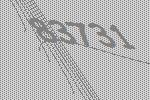
83731